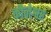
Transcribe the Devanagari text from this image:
कौलेश्वर